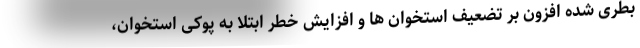
بطری شده افزون بر تضعیف استخوان ها و افزایش خطر ابتلا به پوکی استخوان،